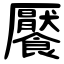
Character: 饜